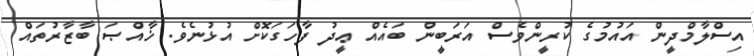
އިސްލާމްދީން އައުމުގެ ކުރީންވެސް އަރަބީން ބައެއް ޢީދު ފާހަގަކޮށް އުޅުނެވެ. ޚާއްޞަ ބާޒާރުތައް